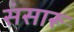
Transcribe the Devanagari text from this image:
संसारू